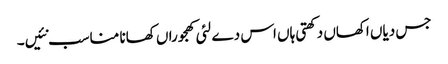
جس دیاں اکھاں دکھتی ہاں اس دے لئی کھجوراں کھانا مناسب نئیں۔